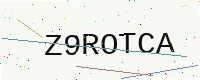
Text: Z9ROTCA